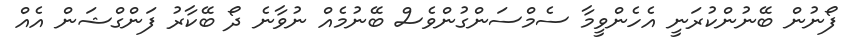
ފޯނުން ބޭނުންކުރަނީ އެހެންވީމާ ސެމްސަންގުންވެސް ބޭނުމެއް ނުވާނެ ދޯ ބޭކާރު ފަންގްޝަން އެއް